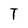
Character: T